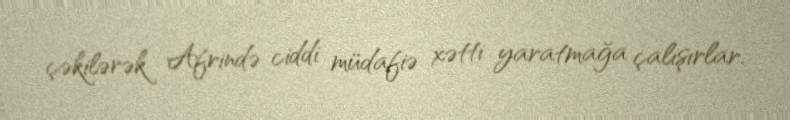
çəkilərək Afrində ciddi müdafiə xətti yaratmağa çalışırlar.